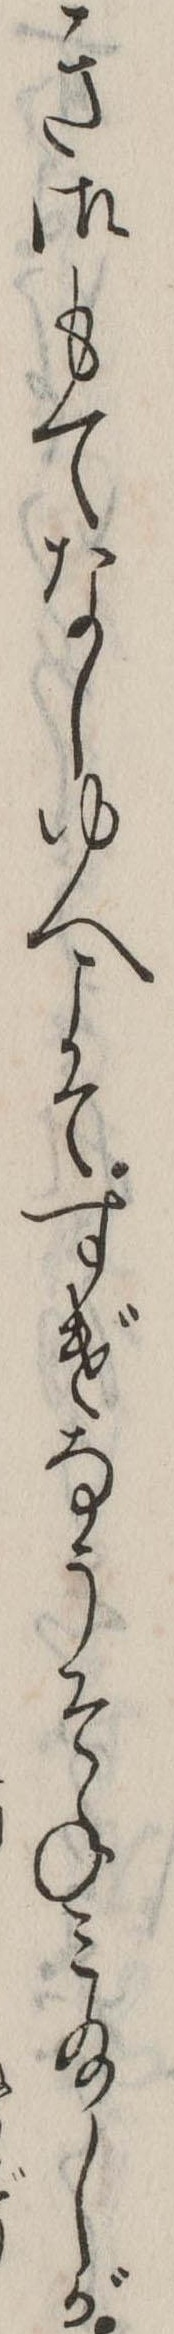
き御もてなしゆへこそすげなうそねみ給しが